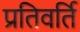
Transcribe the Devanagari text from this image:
प्रतिवर्ति